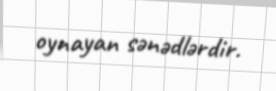
oynayan sənədlərdir.